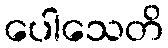
ပေါသေတိ